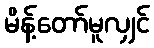
မိန့်တော်မူလျှင်